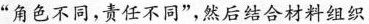
“角色不同，责任不同”，然后结合材料组织